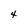
Character: 4